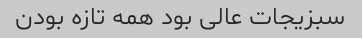
سبزیجات عالی بود همه تازه بودن